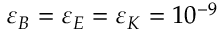
\varepsilon _ { B } = \varepsilon _ { E } = \varepsilon _ { K } = 1 0 ^ { - 9 }